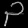
Digit: ၃